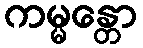
ကမ္မန္တော